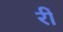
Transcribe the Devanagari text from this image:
रीं